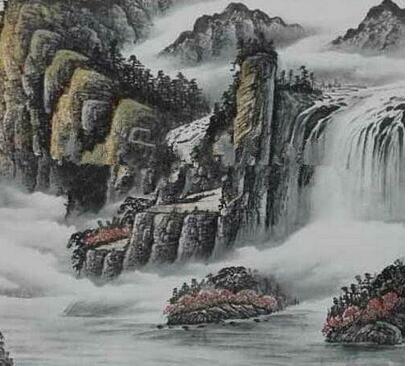
河冰结合，非一日之寒积土成山，非斯须之作。